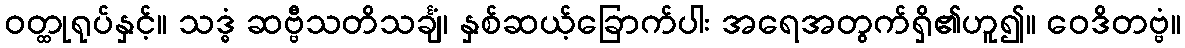
ဝတ္ထုရုပ်နှင့်။ သဒ္ဓံ ဆဗ္ဗီသတိသင်္ချံ၊ နှစ်ဆယ့်ခြောက်ပါး အရေအတွက်ရှိ၏ဟူ၍။ ဝေဒိတဗ္ဗံ။